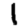
Digit: 1